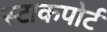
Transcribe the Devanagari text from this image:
स्टाकपोर्ट